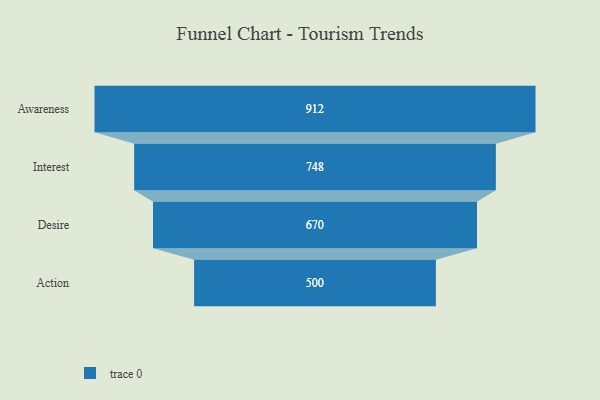
{"axis": {"x": "Stage", "y": "Value"}, "legend": [""], "data": [{"x": "Awareness", "y": 912.0, "type": ""}, {"x": "Interest", "y": 748.0, "type": ""}, {"x": "Desire", "y": 670.0, "type": ""}, {"x": "Action", "y": 500.0, "type": ""}]}